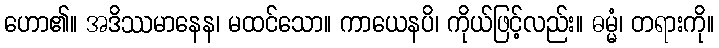
ဟော၏။ အဒိဿမာနေန၊ မထင်သော။ ကာယေနပိ၊ ကိုယ်ဖြင့်လည်း။ ဓမ္မံ၊ တရားကို။